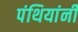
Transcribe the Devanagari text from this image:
पंथियांनी